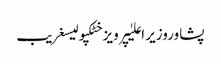
پشاوروزیر اعلیٰپرویز خٹکپولیسغریب